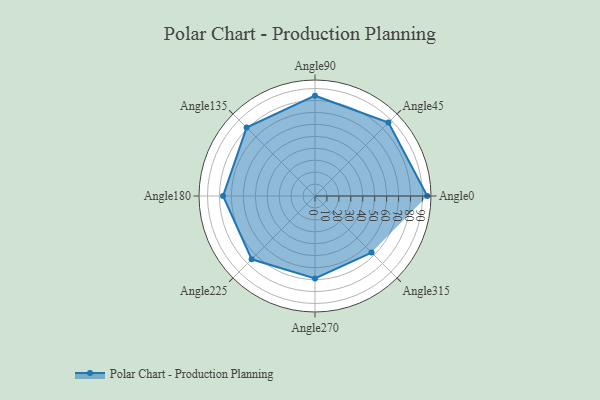
{"axis": {"x": "Angle", "y": "Radius"}, "legend": [""], "data": [{"x": "Angle0", "y": 94.0, "type": ""}, {"x": "Angle45", "y": 87.0, "type": ""}, {"x": "Angle90", "y": 84.0, "type": ""}, {"x": "Angle135", "y": 81.0, "type": ""}, {"x": "Angle180", "y": 77.0, "type": ""}, {"x": "Angle225", "y": 75.0, "type": ""}, {"x": "Angle270", "y": 69.0, "type": ""}, {"x": "Angle315", "y": 67.0, "type": ""}]}